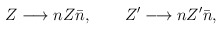
\begin{align*}Z \longrightarrow nZ\bar{n},~~~~~~Z' \longrightarrow nZ'\bar{n},\end{align*}